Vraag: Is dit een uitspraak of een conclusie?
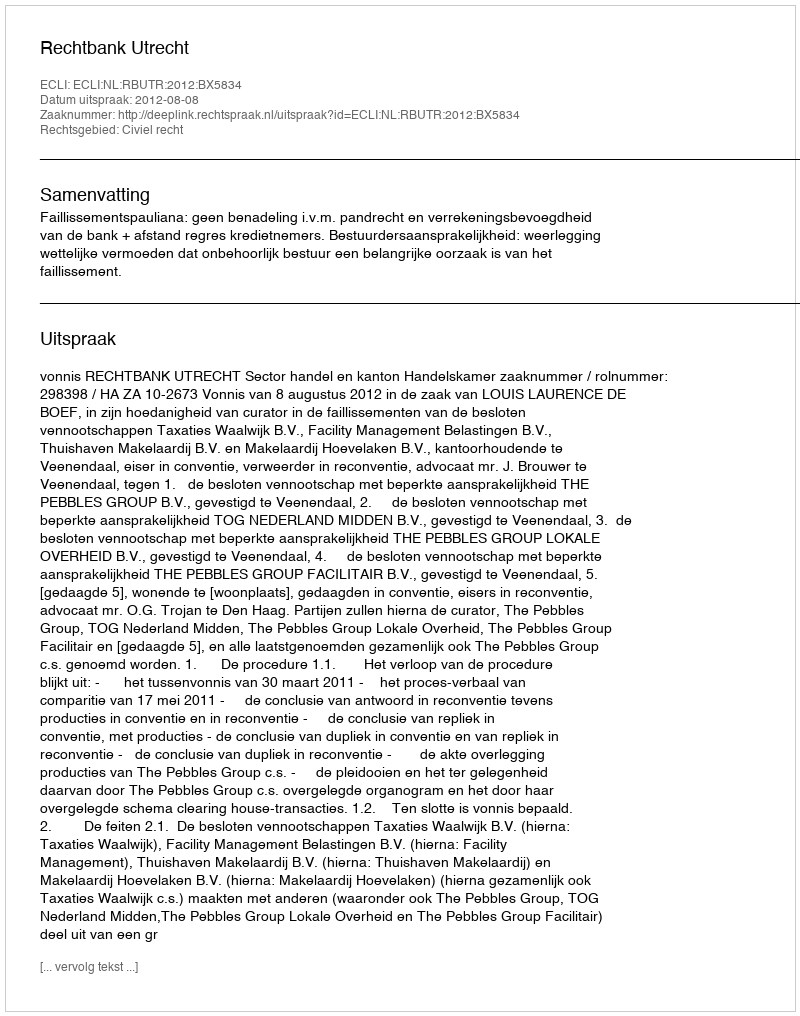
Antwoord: Uitspraak